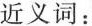
近义词：